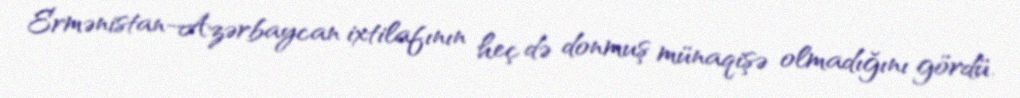
Ermənistan-Azərbaycan ixtilafının heç də donmuş münaqişə olmadığını gördü.